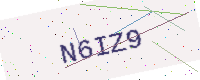
Text: N6IZ9